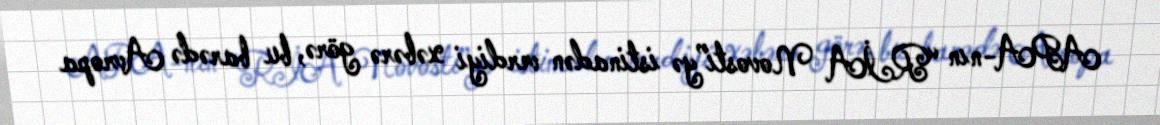
APA-nın “RİA Novosti”yə istinadən verdiyi xəbərə görə, bu barədə Avropa